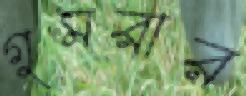
গুমরার